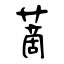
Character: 蔐